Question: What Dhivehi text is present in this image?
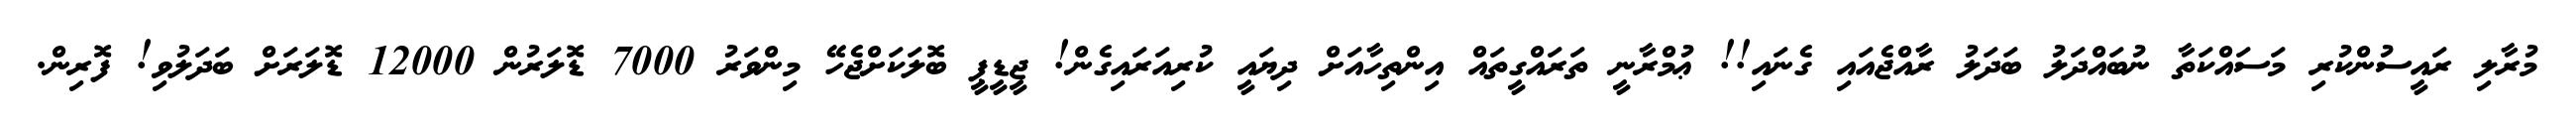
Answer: މުރާލި ރައީސުންކުރި މަސައްކަތާ ނުބައްދަލު ބަދަލު ރާއްޖެއައި ގެނައި!! ޢުމްރާނީ ތަރައްގީތައް އިންތިހާއަށް ދިޔައީ ކުރިއަރައިގެން! ޖީޑީޕީ ބޮލަކަށްޖެހޭ މިންވަރު 7000 ޑޮލަރުން 12000 ޑޮލަރަށް ބަދަލުވި! ފޮރިން.